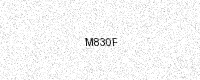
Text: M830F